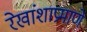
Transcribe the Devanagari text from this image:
रेखांशाप्रमाणे